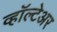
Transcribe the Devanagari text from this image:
व्हॉल्टेअर